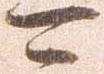
可